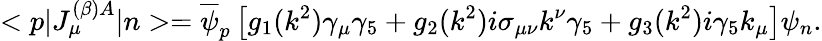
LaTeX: <p|J_{\mu}^{(\beta)A}|n>=\overline{{\psi}}_{p}\left[g_{1}(k^{2})\gamma_{\mu}\gamma_{5}+g_{2}(k^{2})i\sigma_{\mu\nu}k^{\nu}\gamma_{5}+g_{3}(k^{2})i\gamma_{5}k_{\mu}\right]\psi_{n}.